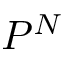
P ^ { N }